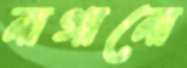
নাগানো